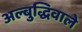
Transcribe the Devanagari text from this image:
अल्बुद्धिवाले